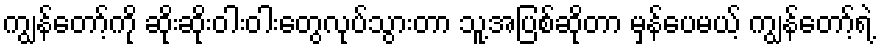
ကျွန်တော့်ကို ဆိုးဆိုးဝါးဝါးတွေလုပ်သွားတာ သူ့အပြစ်ဆိုတာ မှန်ပေမယ့် ကျွန်တော့်ရဲ့